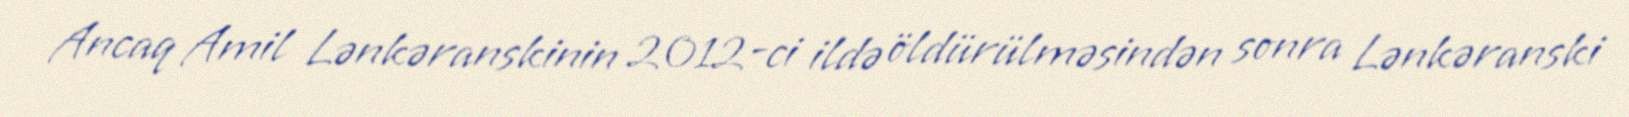
Ancaq Amil Lənkəranskinin 2012-ci ildə öldürülməsindən sonra Lənkəranski